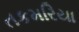
તકમરિયા